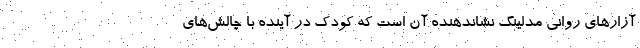
آزارهای روانی مدلینگ نشاندهنده آن است که کودک در آینده با چالش‌های